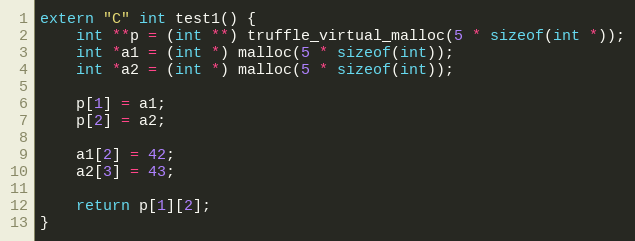
Language: C++
extern "C" int test1() {
    int **p = (int **) truffle_virtual_malloc(5 * sizeof(int *));
    int *a1 = (int *) malloc(5 * sizeof(int));
    int *a2 = (int *) malloc(5 * sizeof(int));

    p[1] = a1;
    p[2] = a2;

    a1[2] = 42;
    a2[3] = 43;

    return p[1][2];
}